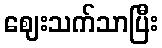
ဈေးသက်သာပြီး